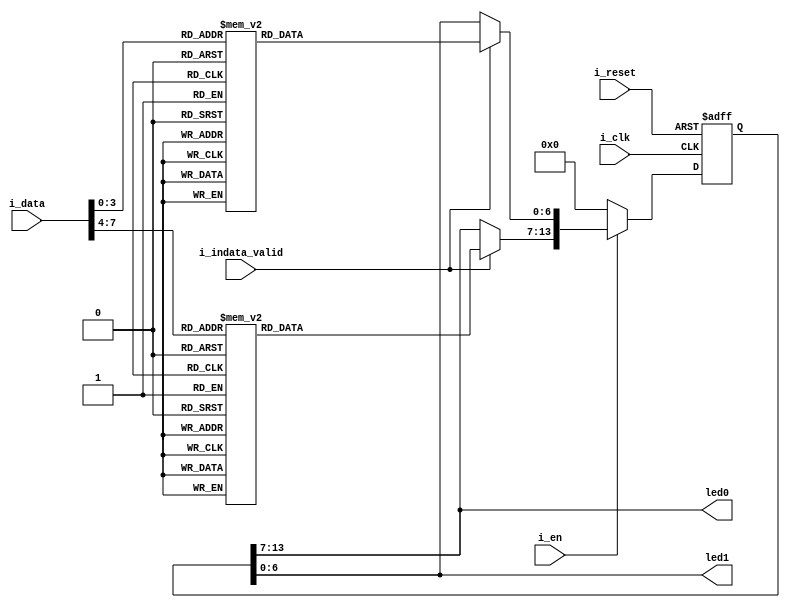
`timescale 1ps/1ps

/*
0:7'b1111110
1:7'b1100000
2:7'b1101101
3:7'b1111001
4:7'b0110011
5:7'b1011011
6:7'b1011111
7:7'b1110000
8:7'b1111111
9:7'b1111011
A:7'b1110111
B:7'b0011111
C:7'b1001110
D:7'b0111101
E:7'b1001111
F:7'b1000111
*/

module kubo7seg(
    input i_clk,
    input i_reset,
    input i_en,

    input [7:0]i_data,
    input i_indata_valid,

    output [6:0]led0,
    output [6:0]led1

    );

    reg [13:0]sr_led;

    function [13:0]tamesi7seg;

        input [7:0]f_led;
        input f_indata_valid;
        input [13:0]f_r_led;

        begin
            if(f_indata_valid==1)begin
                case(f_led[3:0])
                    4'h0 : tamesi7seg[6:0] = 7'b1111110;
                    4'h1 : tamesi7seg[6:0] = 7'b1100000;
                    4'h2 : tamesi7seg[6:0] = 7'b1101101;
                    4'h3 : tamesi7seg[6:0] = 7'b1111001;
                    4'h4 : tamesi7seg[6:0] = 7'b0110011;
                    4'h5 : tamesi7seg[6:0] = 7'b1011011;
                    4'h6 : tamesi7seg[6:0] = 7'b1011111;
                    4'h7 : tamesi7seg[6:0] = 7'b1110000;
                    4'h8 : tamesi7seg[6:0] = 7'b1111111;
                    4'h9 : tamesi7seg[6:0] = 7'b1111011;
                    4'hA : tamesi7seg[6:0] = 7'b1110111;
                    4'hB : tamesi7seg[6:0] = 7'b0011111;
                    4'hC : tamesi7seg[6:0] = 7'b1001110;
                    4'hD : tamesi7seg[6:0] = 7'b0111101;
                    4'hE : tamesi7seg[6:0] = 7'b1001111;
                    4'hF : tamesi7seg[6:0] = 7'b1000111;
                endcase

                case(f_led[7:4])
                    4'h0 : tamesi7seg[13:7] = 7'b1111110;
                    4'h1 : tamesi7seg[13:7] = 7'b1100000;
                    4'h2 : tamesi7seg[13:7] = 7'b1101101;
                    4'h3 : tamesi7seg[13:7] = 7'b1111001;
                    4'h4 : tamesi7seg[13:7] = 7'b0110011;
                    4'h5 : tamesi7seg[13:7] = 7'b1011011;
                    4'h6 : tamesi7seg[13:7] = 7'b1011111;
                    4'h7 : tamesi7seg[13:7] = 7'b1110000;
                    4'h8 : tamesi7seg[13:7] = 7'b1111111;
                    4'h9 : tamesi7seg[13:7] = 7'b1111011;
                    4'hA : tamesi7seg[13:7] = 7'b1110111;
                    4'hB : tamesi7seg[13:7] = 7'b0011111;
                    4'hC : tamesi7seg[13:7] = 7'b1001110;
                    4'hD : tamesi7seg[13:7] = 7'b0111101;
                    4'hE : tamesi7seg[13:7] = 7'b1001111;
                    4'hF : tamesi7seg[13:7] = 7'b1000111;
                endcase

                end else begin
                tamesi7seg = f_r_led;
            end
        end
    endfunction

    always @(posedge i_clk or posedge i_reset) begin
    
        if(i_reset) begin

            sr_led = 14'b0000000_0000000;

        end else begin
    
            if(i_en != 1) begin

                sr_led = 14'b0000000_0000000;

            end else begin
                
                sr_led = tamesi7seg(i_data,i_indata_valid,sr_led);

            end
        end
    end

    //wire sr_led = tamesi7seg(i_data,i_indata_valid,sr_led); //always
    assign led1 = sr_led[6:0];
    assign led0 = sr_led[13:7];

    initial begin
        sr_led = 14'b0000000_0000000;
    end

endmodule